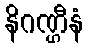
နိဂဏ္ဌီနံ